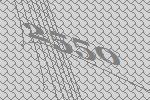
2550